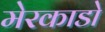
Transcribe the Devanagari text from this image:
मेरकाडो